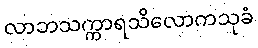
လာဘသက္ကာရသိလောကသုခံ